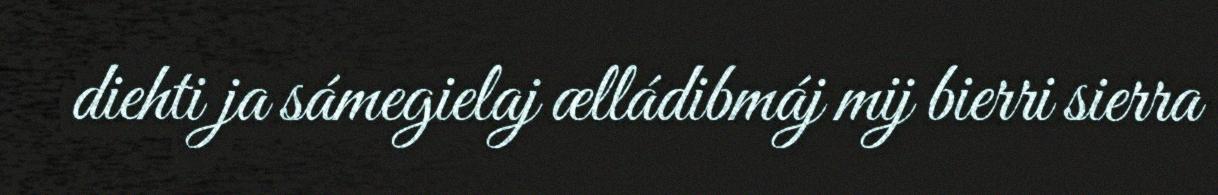
diehti ja sámegielaj ælládibmáj mij bierri sierra